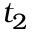
t _ { 2 }